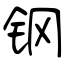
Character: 钢